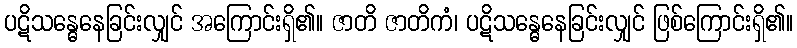
ပဋိသန္ဓေနေခြင်းလျှင် အကြောင်းရှိ၏။ ဇာတိ ဇာတိကံ၊ ပဋိသန္ဓေနေခြင်းလျှင် ဖြစ်ကြောင်းရှိ၏။